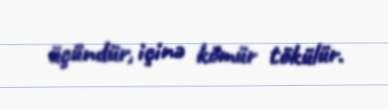
üçündür, içinə kömür tökülür.